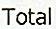
TOTAL